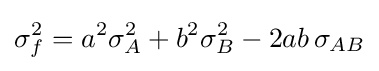
\sigma _{f}^{2}=a^{2}\sigma _{A}^{2}+b^{2}\sigma _{B}^{2}-2ab\,\sigma _{AB}